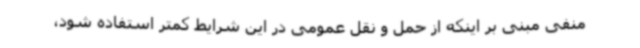
منفی مبنی بر اینکه از حمل و نقل عمومی در این شرایط کمتر استفاده شود،